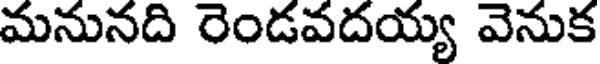
మనునది రెండవదయ్య వెనుక